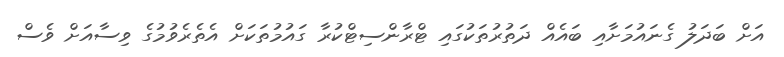
އަށް ބަދަލު ގެނައުމަށާއި ބައެއް ދަތުރުތަކުގައި ޓްރާންސިޓްކުރާ ގައުމުތަކަށް އެތެރެވުމުގެ ވިސާއަށް ވެސް